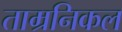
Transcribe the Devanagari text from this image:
ताम्रनिकल